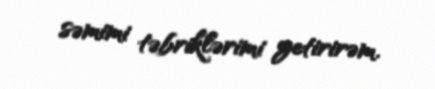
səmimi təbriklərimi yetirirəm.